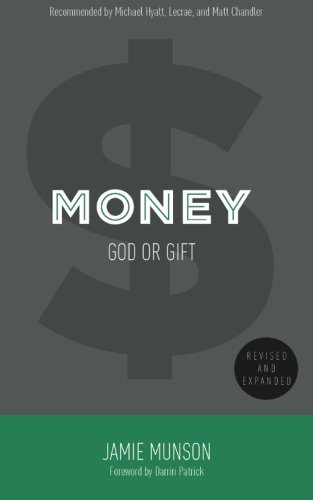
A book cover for Money: God or Gift (2014); Jamie Munson; Christian Books & Bibles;